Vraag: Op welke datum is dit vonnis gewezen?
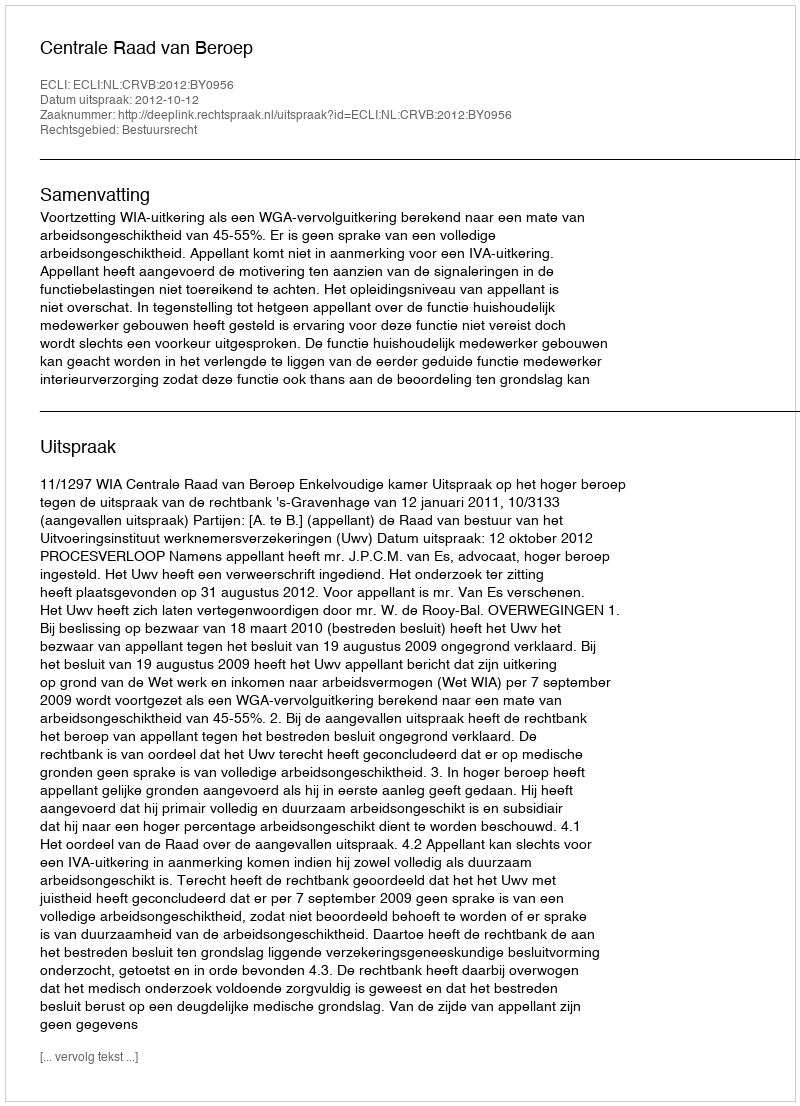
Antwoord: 2012-10-12